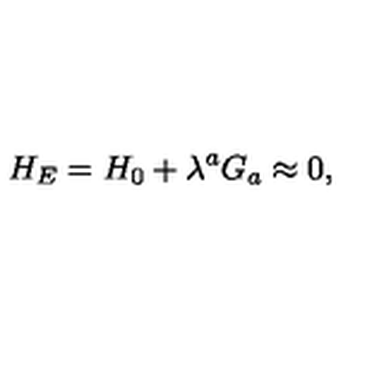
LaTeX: H _ { E } = H _ { 0 } + \lambda ^ { a } G _ { a } \approx 0 ,